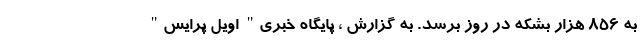
به 856 هزار بشکه در روز برسد. به گزارش ، پایگاه خبری" اویل پرایس"